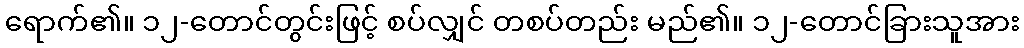
ရောက်၏။ ၁၂-တောင်တွင်းဖြင့် စပ်လျှင် တစပ်တည်း မည်၏။ ၁၂-တောင်ခြားသူအား